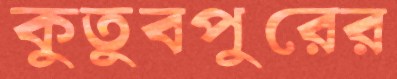
কুতুবপুরের